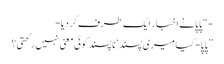
-“ پاپا نے اخبار ایک طرف کر دیا-
”پاپا- کیا میری پسند‘ ناپسند کوئی معنی نہیں رکھتی؟